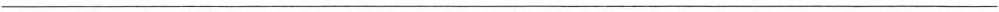
___